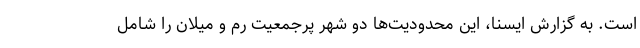
است. به گزارش ایسنا، این محدودیت‌ها دو شهر پرجمعیت رم و میلان را شامل